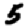
Digit: 5